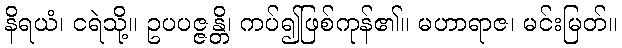
နိရယံ၊ ငရဲသို့။ ဥပပဇ္ဇန္တိ၊ ကပ်၍ဖြစ်ကုန်၏။ မဟာရာဇ၊ မင်းမြတ်။